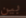
بين